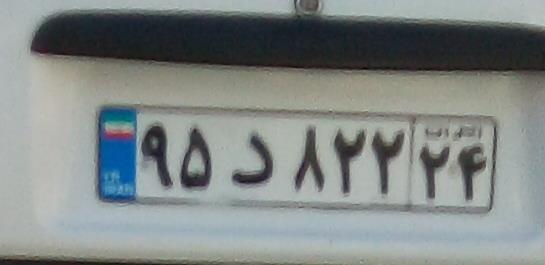
۹۵د۸۲۲۲۴